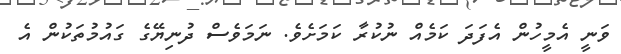
ވަނީ އެމީހުން އެފަދަ ކަމެއް ނުކުރާ ކަމަށެވެ. ނަމަވެސް ދުނިޔޭގެ ގައުމުތަކުން އެ